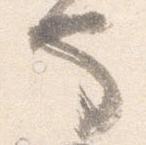
也